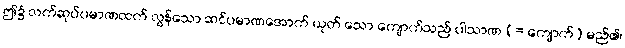
ဤ၌ လက်ဆုပ်ပမာဏထက် လွန်သော ဆင်ပမာဏအောက် ယုတ် သော ကျောက်သည် ပါသာဏ (= ကျောက်) မည်၏၊